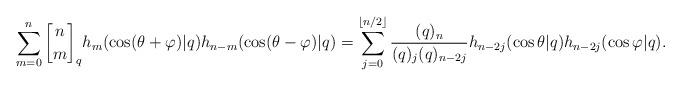
LaTeX: \begin{align*}\sum_{m=0}^{n}\genfrac{[}{]}{0pt}{}{n}{m}_{q}h_{m}(\cos(\theta+\varphi)|q)h_{n-m}(\cos(\theta-\varphi)|q)=\sum_{j=0}^{\left\lfloor n/2\right\rfloor }\frac{(q)_{n}}{(q)_{j}(q)_{n-2j}}h_{n-2j}(\cos\theta|q)h_{n-2j}(\cos\varphi|q). \end{align*}